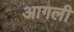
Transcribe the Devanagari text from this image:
आगली